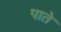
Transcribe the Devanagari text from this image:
पाते